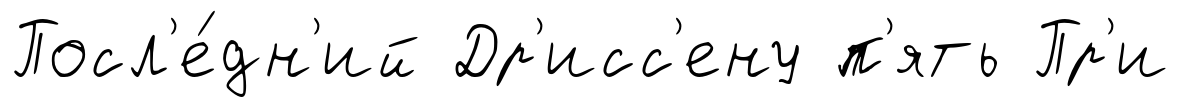
Посл'е́дн'ий Др'исс'ену п'ять Пр'и